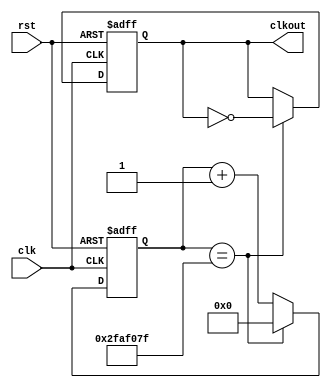
`timescale 1ns / 1ps
//////////////////////////////////////////////////////////////////////////////////
// Company: 
// Engineer: 
// 
// Design Name: 
// Module Name: clock_two
// Project Name: 
// Target Devices: 
// Tool Versions: 
// Description: 
// 
// Dependencies: 
// 
// Revision:
// Revision 0.01 - File Created
// Additional Comments:
// 
//////////////////////////////////////////////////////////////////////////////////


module clock_two(rst,clk,clkout);
input rst, clk;
output reg clkout;
reg [31:0] cnt;
parameter period = 100000000;//200000
always @(posedge clk or negedge rst)
    begin
        if(~rst) begin
            cnt <= 0;
            clkout <= 0;
        end
        else begin
            if (cnt == (period >> 1) - 1)
            begin
                clkout <= ~clkout;
                cnt <=0;
            end
            else
                cnt <= cnt + 1;
       end
       end
endmodule